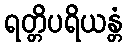
ရတ္တိပရိယန္တံ